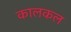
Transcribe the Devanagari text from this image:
कालकल